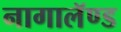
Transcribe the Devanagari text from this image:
नागालॅण्ड